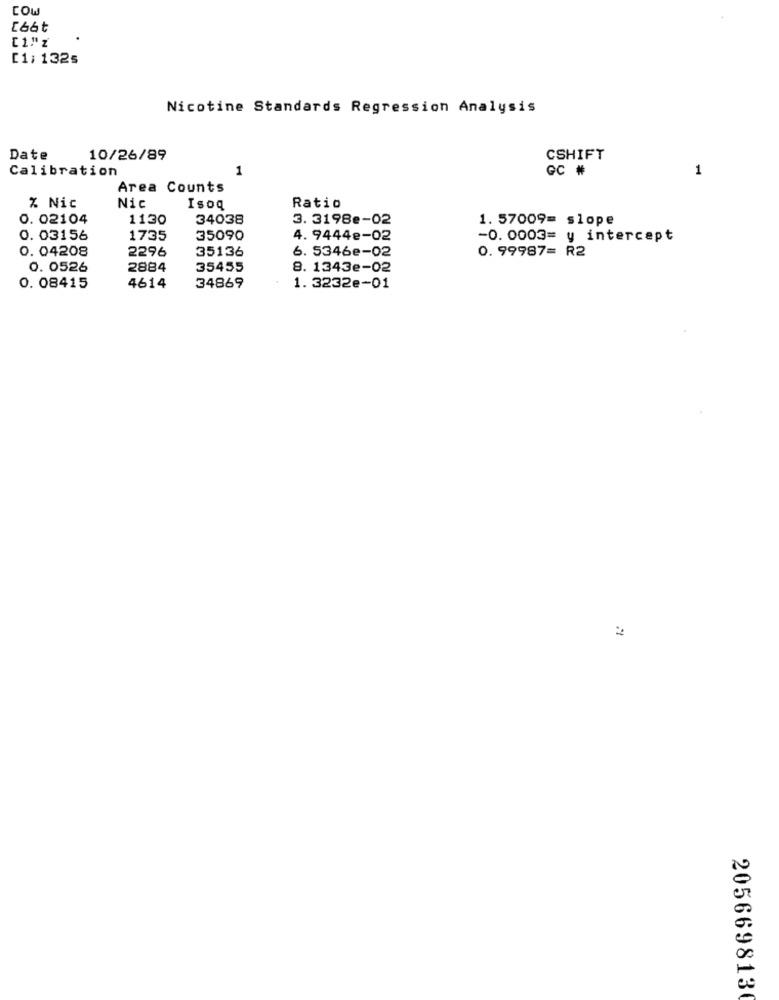
COW
[66t
[1; 1325
Nicotine Standards Regression Analysis
Date
10/26/89
CSHIFT
Calibration
1
GC #
1
Area Counts
% Nic
Nic
Isoq
Ratio
0. 02104
1130
34038
3. 3198e-02
1.57009= slope
0. 03156
1735
35090
4. 9444e-02
-0. 0003= y intercept
0. 04208
2296
35136
6. 5346e-02
0. 99987= R2
0. 0526
2884
35455
8. 1343e-02
0. 08415
4614
34869
1. 3232e-01
205669813